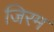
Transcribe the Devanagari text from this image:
जिरम